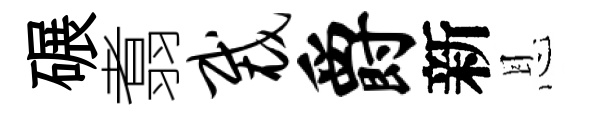
碾翥裁爵新恩